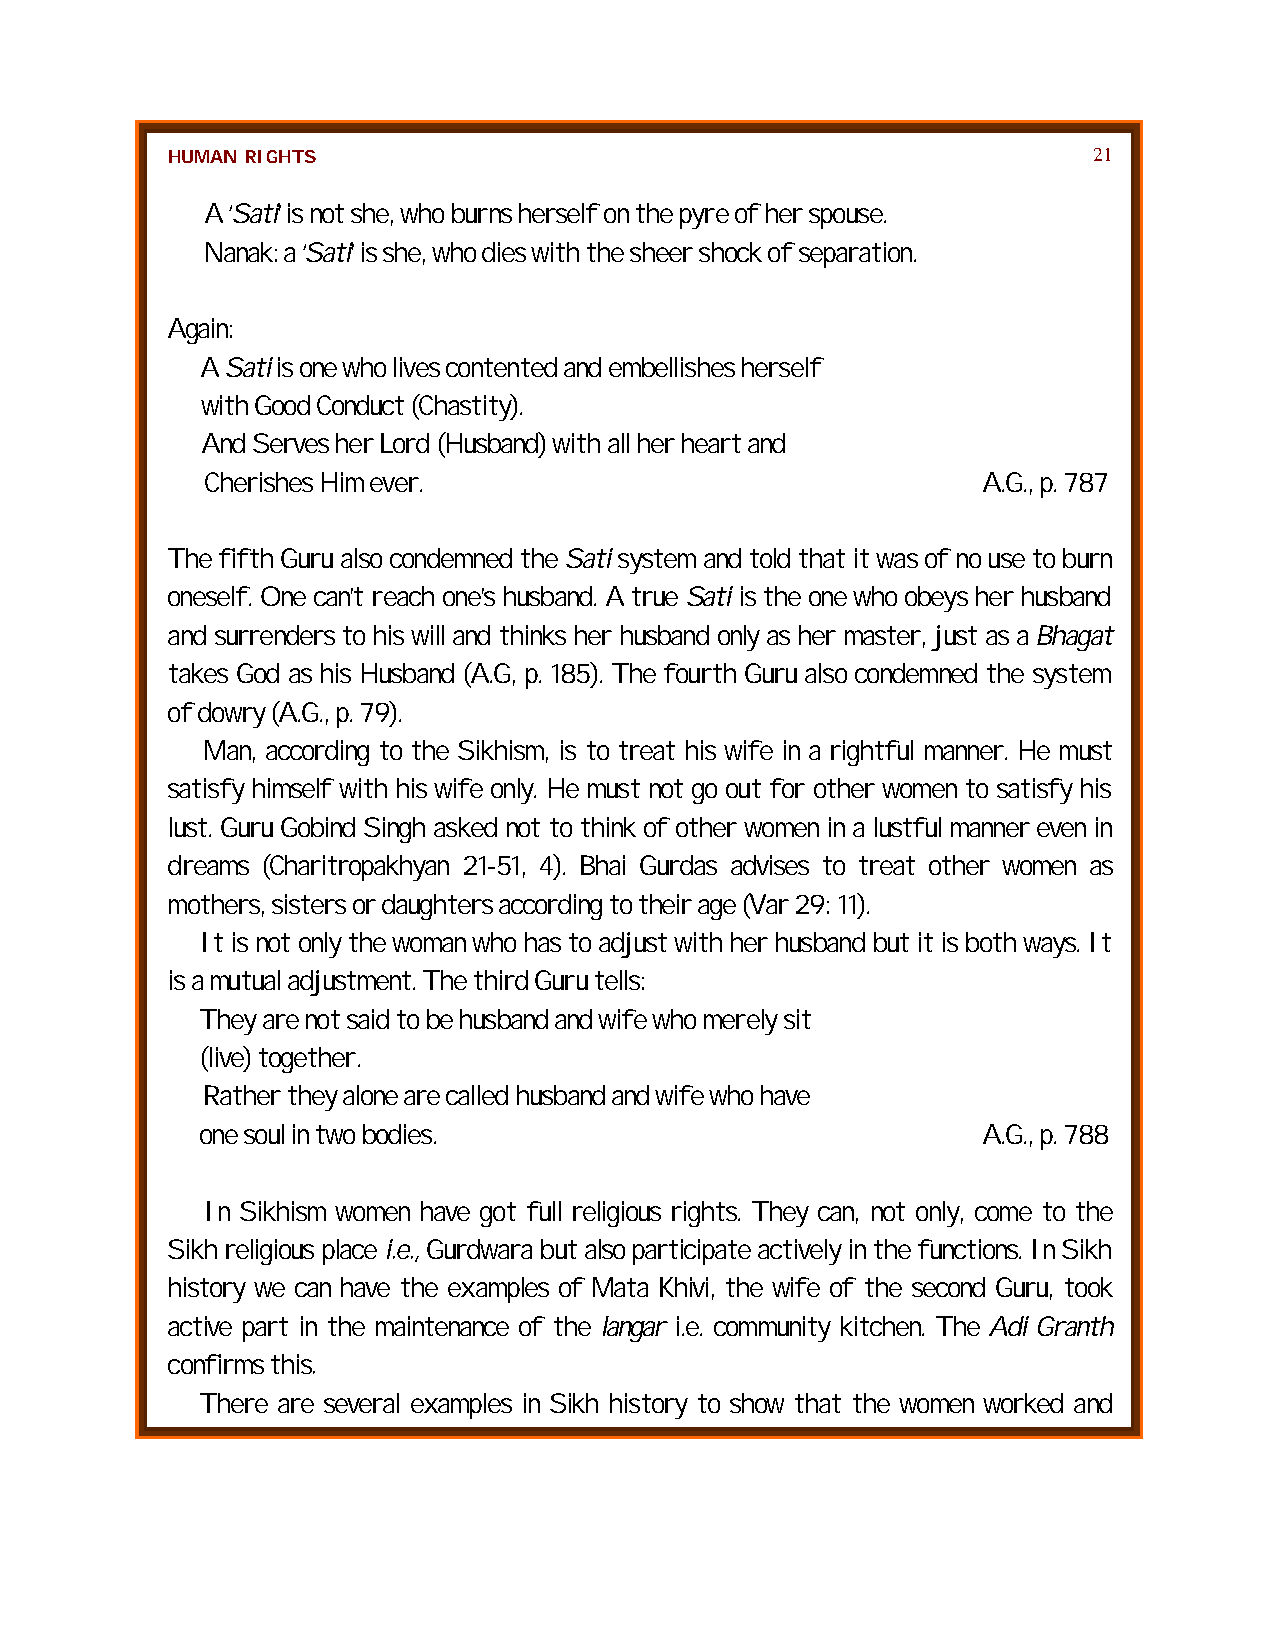
HUMAN RIGHTS                                                 21
 A ‘Sati’ is not she, who burns herself on the pyre of her spouse.
 Nanak: a ‘Sati’ is she, who dies with the sheer shock of separation.
 Again:
 A Sati is one who lives contented and embellishes herself
 with Good Conduct (Chastity).
 And Serves her Lord (Husband) with all her heart and
 Cherishes Him ever.                                A.G., p. 787
 The fifth Guru also condemned the Sati system and told that it was of no use to burn
 oneself. One can’t reach one’s husband. A true Sati is the one who obeys her husband
 and surrenders to his will and thinks her husband only as her master, just as a Bhagat
 takes God as his Husband (A.G, p. 185). The fourth Guru also condemned the system
 of dowry (A.G., p. 79).
 Man, according to the Sikhism, is to treat his wife in a rightful manner. He must
 satisfy himself with his wife only. He must not go out for other women to satisfy his
 lust. Guru Gobind Singh asked not to think of other women in a lustful manner even in
 dreams (Charitropakhyan 21-51, 4). Bhai Gurdas advises to treat other women as
 mothers, sisters or daughters according to their age (Var 29: 11).
 It is not only the woman who has to adjust with her husband but it is both ways. It
 is a mutual adjustment. The third Guru tells:
 They are not said to be husband and wife who merely sit
 (live) together.
 Rather they alone are called husband and wife who have
 one soul in two bodies.                             A.G., p. 788
 In Sikhism women have got full religious rights. They can, not only, come to the
 Sikh religious place i.e., Gurdwara but also participate actively in the functions. In Sikh
 history we can have the examples of Mata Khivi, the wife of the second Guru, took
 active part in the maintenance of the langar i.e. community kitchen. The Adi Granth
 confirms this.
 There are several examples in Sikh history to show that the women worked and